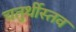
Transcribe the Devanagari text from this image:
चतुर्थीस्तव